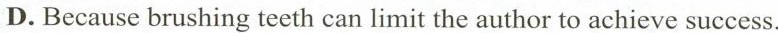
D.Because brushing teeth can limit the author to achieve success.